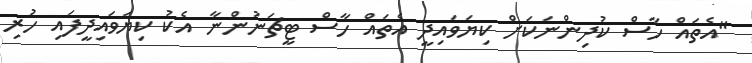
"އެތައް ހާސް ކުދިންނަކަށް ކިޔަވައިދީ އެތައް ހާސް ޓީޗަނުންނާ އެކު ކިޔަވައިދީފައި ހުރި